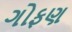
ગોફણ